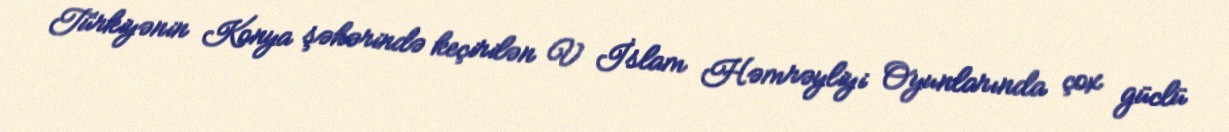
Türkiyənin Konya şəhərində keçirilən V İslam Həmrəyliyi Oyunlarında çox güclü